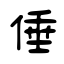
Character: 倕